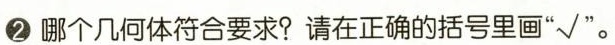
2 哪个几何体符合要求? 请在正确的括号里画“√”